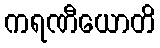
ကရဏီယောတိ